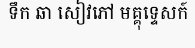
ទឹក ឆា សៀវភៅ មគ្គុទ្ទេសក៍